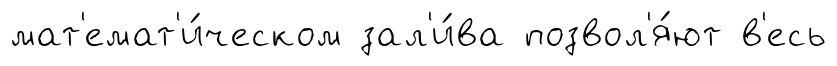
мат'емат'и́ческом зал'и́ва позвол'я́ют в'есь